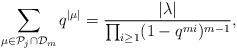
LaTeX: \begin{align*}\sum_{\mu\in \mathcal{P}_{j}\cap \mathcal{D}_m}q^{|\mu|}=\frac{|\lambda|}{\prod_{i\geq 1}(1-q^{mi})^{m-1}},\end{align*}